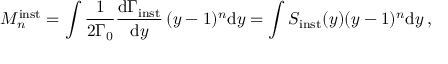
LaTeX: M _ { n } ^ { \mathrm { i n s t } } = \int { \frac { 1 } { 2 \Gamma _ { 0 } } } { \frac { \mathrm { d } \Gamma _ { \mathrm { i n s t } } } { \mathrm { d } y } } \, ( y - 1 ) ^ { n } \mathrm { d } y = \int S _ { \mathrm { i n s t } } ( y ) ( y - 1 ) ^ { n } \mathrm { d } y \, ,